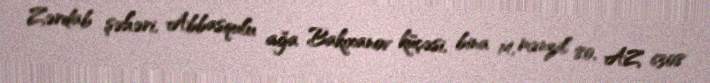
Zərdab şəhəri, Abbasqulu ağa Bakıxanov küçəsi, bina 14, mənzil 80, AZ 6308